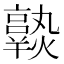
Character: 𤒆